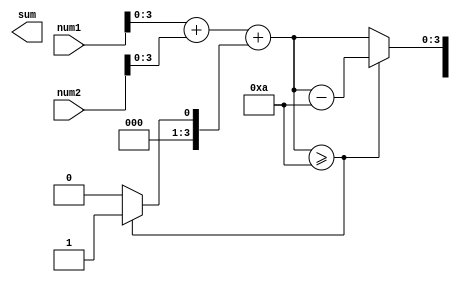
module fixed_point_adder(
    input [7:0] num1,
    input [7:0] num2,
    output reg [7:0] sum
);

reg [3:0] section1;
reg [3:0] section2;
reg [3:0] carry = 0;

always @* begin
    section1 = num1[3:0] + num2[3:0] + carry;
    section2 = num1[7:4] + num2[7:4] + (section1[4]);
    
    if(section1 >= 10) begin
        section1 = section1 - 10;
        carry = 1;
    end else begin
        carry = 0;
    end
    
    sum = {section2, section1};
end

endmodule